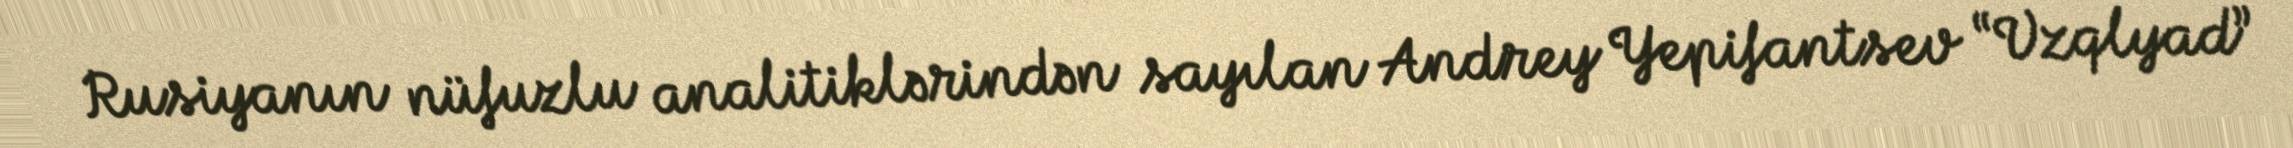
Rusiyanın nüfuzlu analitiklərindən sayılan Andrey Yepifantsev “Vzqlyad”